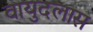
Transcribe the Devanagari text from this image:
वायुदलास